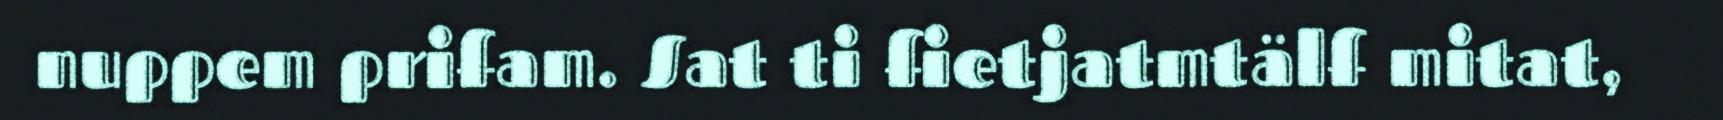
nuppem prifam. Sat ti fietjatmtälf mitat,